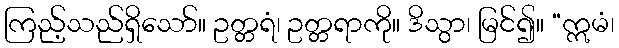
ကြည့်သည်ရှိသော်။ ဥတ္တရံ၊ ဥတ္တရာကို။ ဒိသွာ၊ မြင်၍။ “ဣမံ၊